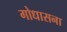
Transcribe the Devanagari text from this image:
गोधासना